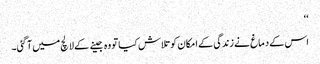
‘‘
اس کے دماغ نے زندگی کے امکان کو تلاش کیا تو وہ جینے کے لالچ میں آ گئی۔